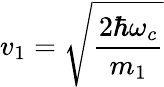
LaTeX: v_{1}={\sqrt{\frac{2\hbar\omega_{c}}{m_{1}}}}